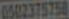
0502375758